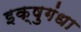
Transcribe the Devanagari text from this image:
इक्षुगंधा